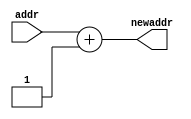
`timescale 1ns / 1ps

module PCadder(
    input [7:0] addr,
    output [7:0] newaddr
    );
    
    assign newaddr = addr+1;
    
endmodule